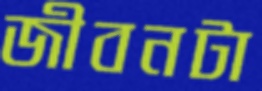
জীবনটা